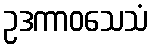
ဥဒကာဝသေသံ